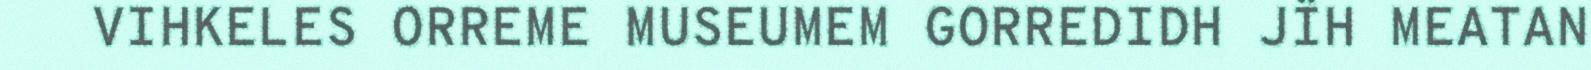
VIHKELES ORREME MUSEUMEM GORREDIDH JÏH MEATAN